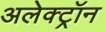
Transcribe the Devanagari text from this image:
अलेक्ट्रॉन